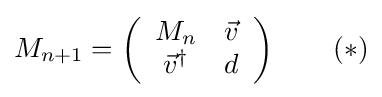
M_{n+1}=\left({\begin{array}{cc}M_{n}&{\vec {v}}\\{\vec {v}}^{\dagger }&d\end{array}}\right)\qquad (*)